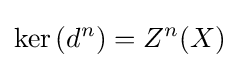
\ker \left(d^{n}\right)=Z^{n}(X)